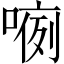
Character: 𱔂